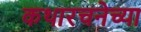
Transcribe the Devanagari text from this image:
कथारचनेच्या